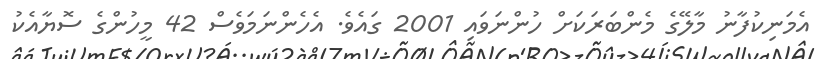
އެމަނިކުފާނު މާލޭގެ މެންބަރަކަށް ހުންނަވައި 2001 ގައެވެ. އެހެންނަމަވެސް 42 މީހުންގެ ސޮޔާއެކު